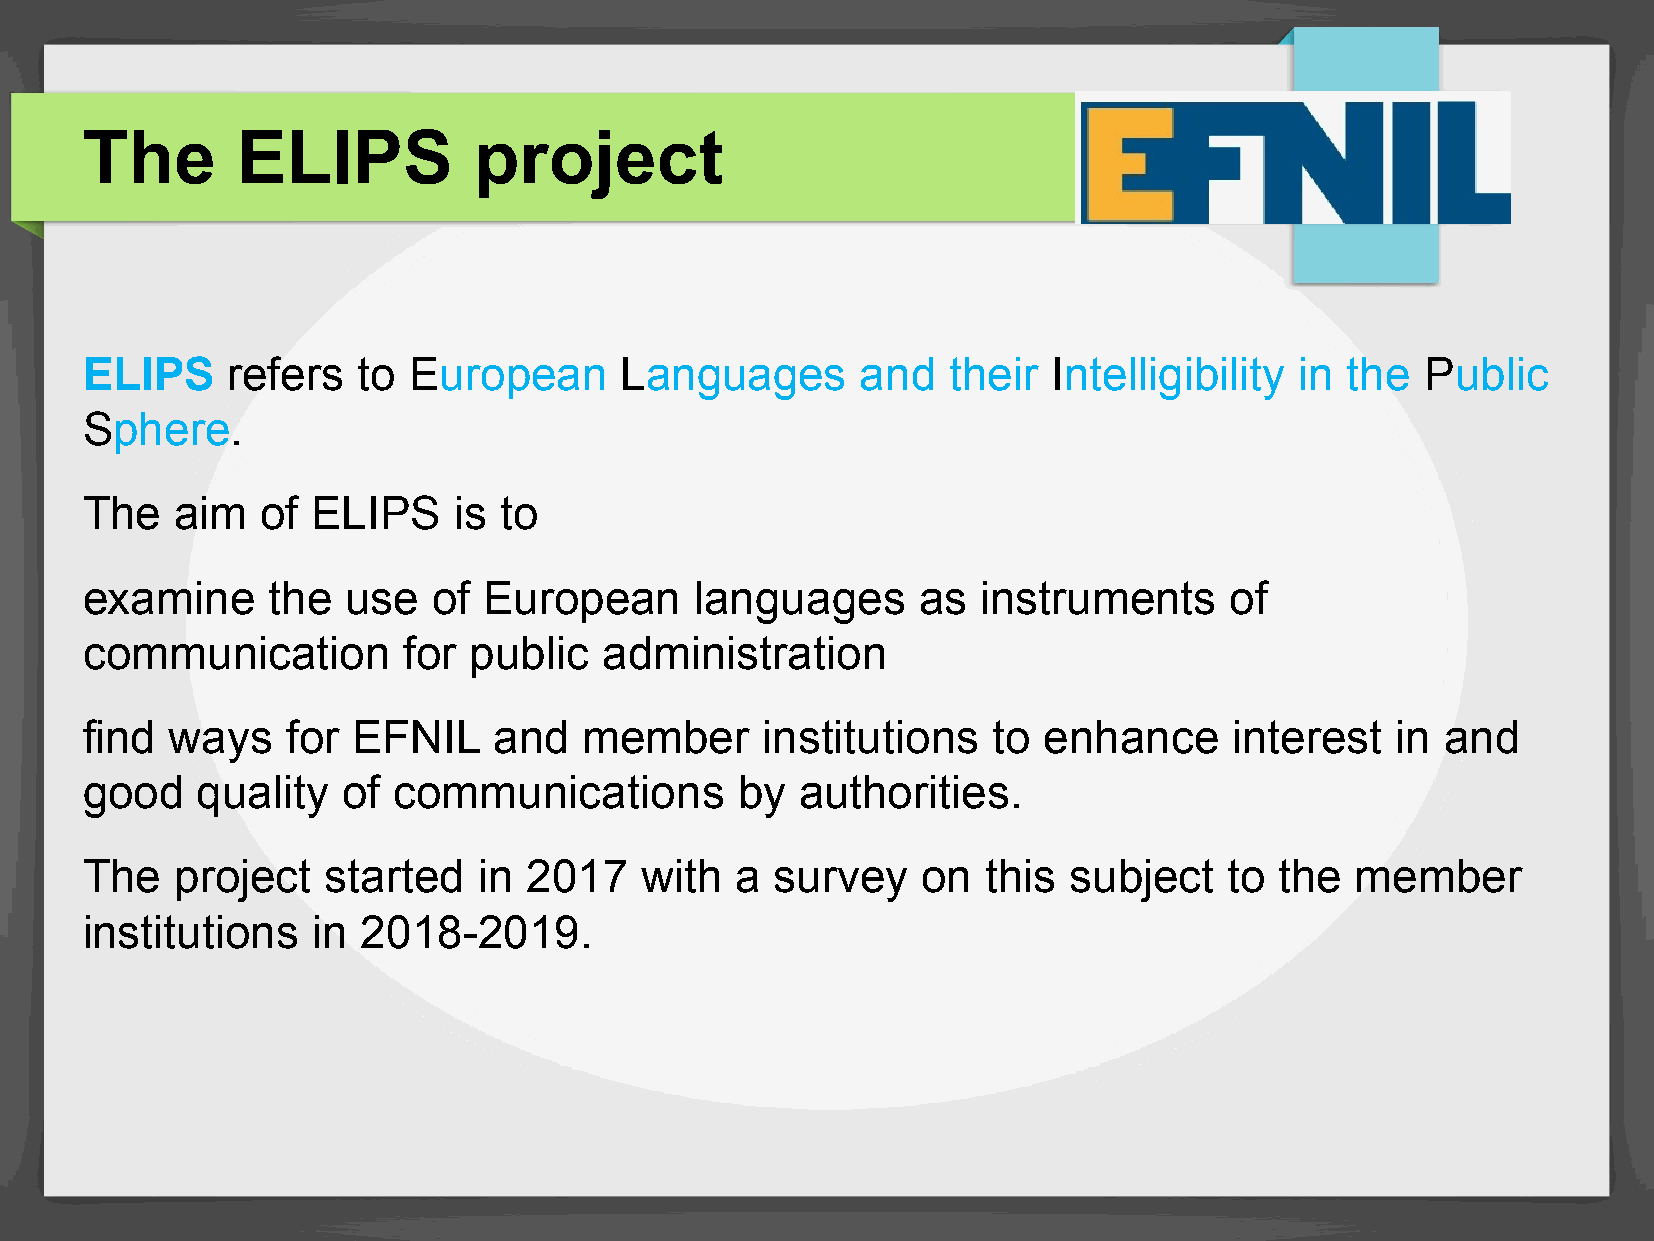
The        ELIPS          project
 ELIPS     refers   to European      Languages       and   their  Intelligibility in the  Public
 Sphere.
 The    aim  of  ELIPS    is to
 examine      the  use   of European      languages      as  instruments     of
 communication         for public   administration
 find  ways    for EFNIL     and   member      institutions   to enhance      interest  in  and
 good    quality   of communications         by  authorities.
 The    project  started    in 2017   with   a survey    on  this  subject   to  the  member
 institutions    in 2018-2019.